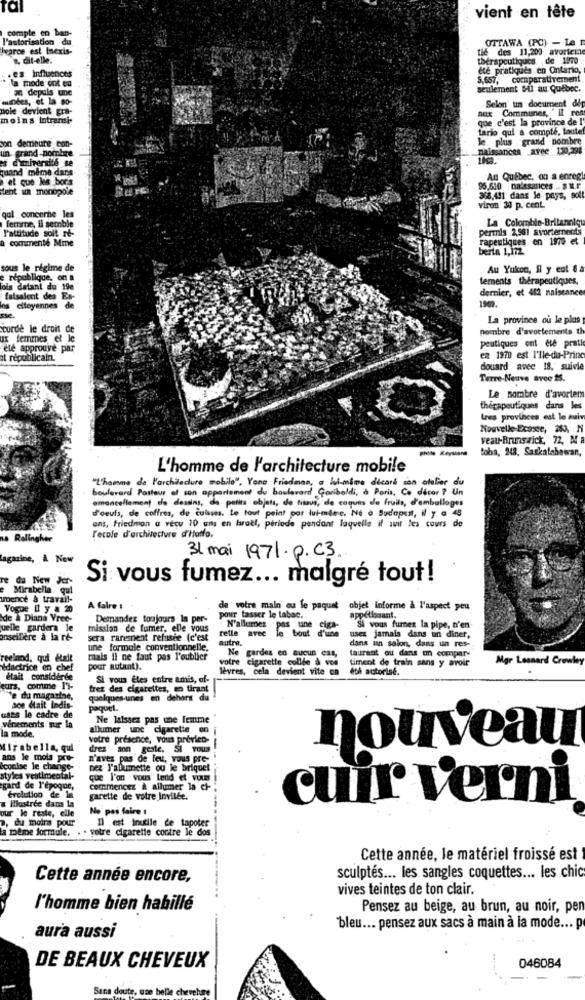
vient en tête
comple en ban-
l'autorisation du
OTTAWA (PC) - La
Ivarce est Inexis-
tie des 11,200 avorter
, dit-elle.
thérapeutiques de 1570
.es: influences
été pratiqués en Ontario,
la mode cot eu
5,657, - comparativement
z depuis une
seulement SU au Québec.
windes, et la so-
nole devient gra-
aux Communes, " il ren
Selon un document dip
moins Intransi-
que c'est la province de l'
tario qui a compté, toutef
Son demeure con-
le plus grand nombre
un. grand-hombre
naissances avec : 130,298
es dimiversité se
quand meme dans
el que les bors
An Québec, on a enregi
Hent wi monopole
95,610 - naissances Sur
3/8,411 dans le pays, sol!
viron 30 p. cent.
qal concerne les
femme, il semble
La Colombie-Britanniqu
permis 2,981 svortements
a commenté Mme
l'attitude soit re-
rapeutiques. en 1970 et
berta 1,172
sous le régime de
Au Yukon, Il y eut 6a
république, on a
lements thérapeutiques,
ols datant de 19e
dernier, et 412 naissance
faisalent des Es-
selloyennes de
La province ou le plus
corde le droit de
nombre d'avortements th
ax femmes et le
peutiques ont ete prati
été approuvé par
il républicain.
en 1970 est I'lle-du-Princ
douard avec 18, suivie
Terre-Neuve avec #s.
Le nombre d'avortem
thecapoutiques dans les
tres provinces est le auin
Nouvelle Ecoste, 253, N
veatt-Brunswick, 72, Ma
toba, 248, Saskatchewan,
L'homme de l'architecture mobile
"L'homme de l'architecture mobile", Yona Friedman, a lui-même decare con atelier du
boulevard Pasteur of con appartement du boulevard! Gariboldi, à Paris, Co décor ? Un
amoncellement de dessins, de petits objets, de tissus, de coques de fruits, d'emballages
oeufs, de coffres, de cuisses. Le tout point par lui-même. Né à Budapest, W y a 48
ans, Friedman a vécu 10 ans en bratt, periode pendant laquelle il suit les cours de
na Relingher
l'ecole d'architecture d'Hatfo.
31 mai 1971. p.C3
agazine, À Now
da New Jer-
Si vous fumez ... malgré tout !
Mirabella
umDencé & travail-
Vogue Il y a 20
A faire !
de votre main ou le paquet
objet informe à l'aspect peu
appétissant,
de a Diana Vree-
Demandez toujours _In per-
pour tasser le tabac.
uelle gardera le
mission de fumer, elle vous
retle aree le bout d'une
N'allumer pas tane ciga-
Si vous furnez la pipe, n'en
onseifère à lare-
sera rarement refusée . (c'est
autre.
usez jamais dans un diner,
une formule conventionnelle,
dans inn salon, dans un res-
taurant ou dans un compar-
roeland, qui était
mais Il ne faut pas l'oublier
votre cigarette collde à vos
Ne gardes en aucun cas,
timent de train sans y avoir
Mgr Lesnard Crowley
idactrice en chef
pour autant).
lèvres, cela devient vite en
eth actorisé.
était considerde
Si vous êtes entre amis, ef-
eur, comme -1'%-
frez des cigarettes, en tirant
'e du magazine,
soe était Indis-
quelques-unes en dehors du
paquet.
uses le cadre de
Ne laissez pas une femme
vénements sur la
allumer une cigarette en
la mode.
votre presence, vous previen-
nouveau
Mirabella, qui
drez son geste. SI Tous !
--
ans le mola pro-
n'avez pas de feu, vous pre-
lcoolse le change-
Dez J'allumette ou le briquet
styles vestimental-
que l'on vous' Lend et vous
gard de l'époque,
commencez & allumer la ef-
Hustree dans la
Evolution de la
garette de votre Inville.
cuir verni
our le reste, elle
No pas faire 1
a, du moira pour
Il est inutile de tapoter
a tobie formule. . . votre cigarette contre le dos
Cette année, le matériel froissé est
Cette année encore,
sculptés ... les sangles coquettes ... les chic
vives teintes de ton clair.
l'homme bien habillé
Pensez au beige, au brun, au noir, pen
bleu ... pensez aux sacs à main à la mode ... p
aura aussi
DE BEAUX CHEVEUX
046084
Sans doute, une belle chevelure